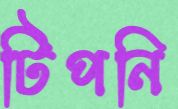
টিপনি